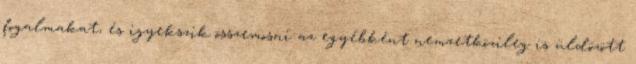
fogalmakat, és igyekszik összemosni az egyébként nemzetközileg is üldözött